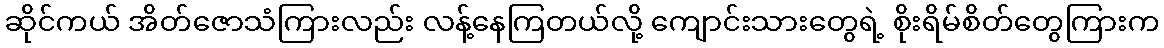
ဆိုင်ကယ် အိတ်ဇောသံကြားလည်း လန့်နေကြတယ်လို့ ကျောင်းသားတွေရဲ့ စိုးရိမ်စိတ်တွေကြားက